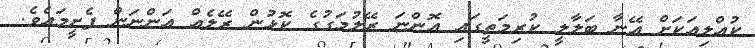
ކުއްލިއަކަށް އޭނާ ބަލާލީ ކުރިމަތީގައި އޮންނަ ރޭލުމަގުގެ ކޮޅުން ރޭލެއް އަންނަން ފެށީމައެވެ.